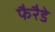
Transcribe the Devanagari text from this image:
फैरैडे